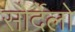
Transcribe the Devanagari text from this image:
सोर्देलो